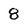
Character: 8